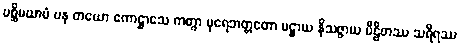
ပစ္ဆိမယာမံ ပန တယော ကောဋ္ဌာသေ ကတွာ ပုရေဘတ္တတော ပဋ္ဌာယ နိသဇ္ဇာယ ပီဠိတဿ သရီရဿ